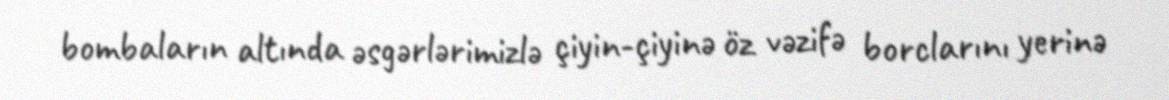
bombaların altında əsgərlərimizlə çiyin-çiyinə öz vəzifə borclarını yerinə